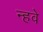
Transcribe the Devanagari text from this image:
न्हवे